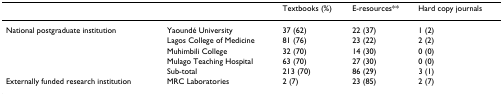
|  |  | Textbooks (%) | E-resources** | Hard copy journals |
 | --- | --- | --- | --- | --- |
 | National postgraduate institution | Yaoundé University | 37 (62) | 22 (37) | 1 (2) |
 |  | Lagos College of Medicine | 81 (76) | 23 (22) | 2 (2) |
 |  | Muhimbili College | 32 (70) | 14 (30) | 0 (0) |
 |  | Mulago Teaching Hospital | 63 (70) | 27 (30) | 0 (0) |
 |  | Sub-total | 213 (70) | 86 (29) | 3 (1) |
 | Externally funded research institution | MRC Laboratories | 2 (7) | 23 (85) | 2 (7) |